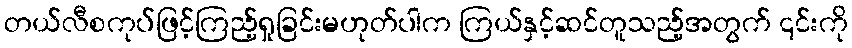
တယ်လီစကုပ်ဖြင့်ကြည့်ရှုခြင်းမဟုတ်ပါက ကြယ်နှင့်ဆင်တူသည့်အတွက် ၎င်းကို